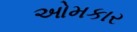
ઓમકાર